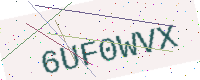
Text: 6UF0WVX